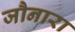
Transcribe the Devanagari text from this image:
जौनारा